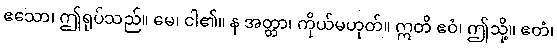
ဧသော၊ ဤရုပ်သည်။ မေ၊ ငါ၏။ န အတ္တာ၊ ကိုယ်မဟုတ်။ ဣတိ ဧဝံ၊ ဤသို့။ ဧတံ၊